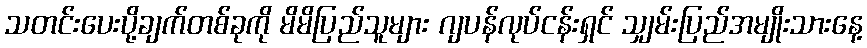
သတင်းပေးပို့ချက်တစ်ခုကို မိမိပြည်သူများ ဂျပန်လုပ်ငန်းရှင် သျှမ်းပြည်အမျိုးသားနေ့